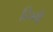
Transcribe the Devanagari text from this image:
दिग्गी